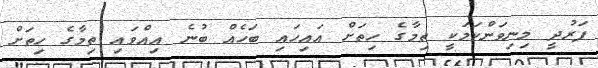
ފަރުދީ މިނިވަންކަމަކީ ތިމާގެ ހިތަށް އައިހައި ބަހެއް ބުނެ އިއްވައި ތިމާގެ ހިތަށް